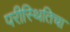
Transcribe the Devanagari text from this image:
परीस्थितिचा